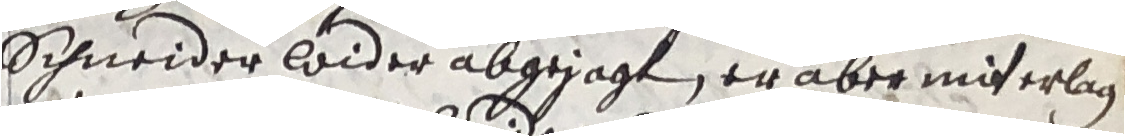
schneider wider abgesagt, er aber mit erlag